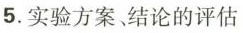
5.实验方案、结论的评估